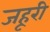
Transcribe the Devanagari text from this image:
जहूरी